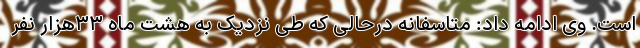
است. وی ادامه داد: متاسفانه درحالی که طی نزدیک به هشت ماه ۳۳هزار نفر